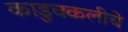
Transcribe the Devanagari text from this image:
काडुवकलीचे